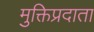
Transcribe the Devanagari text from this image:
मुक्तिप्रदाता